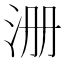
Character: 𰛚